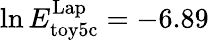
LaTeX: \ln E_{\mathrm{toy5c}}^{\mathrm{Lap}}=-6.89